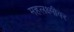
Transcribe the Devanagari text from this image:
महलक्ष्मीवर